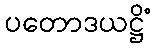
ပတောဒယဋ္ဌိံ